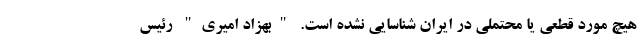
هیچ مورد قطعی یا محتملی در ایران شناسایی نشده است. "بهزاد امیری" رئیس